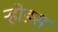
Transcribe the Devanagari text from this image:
ऱ्होडस